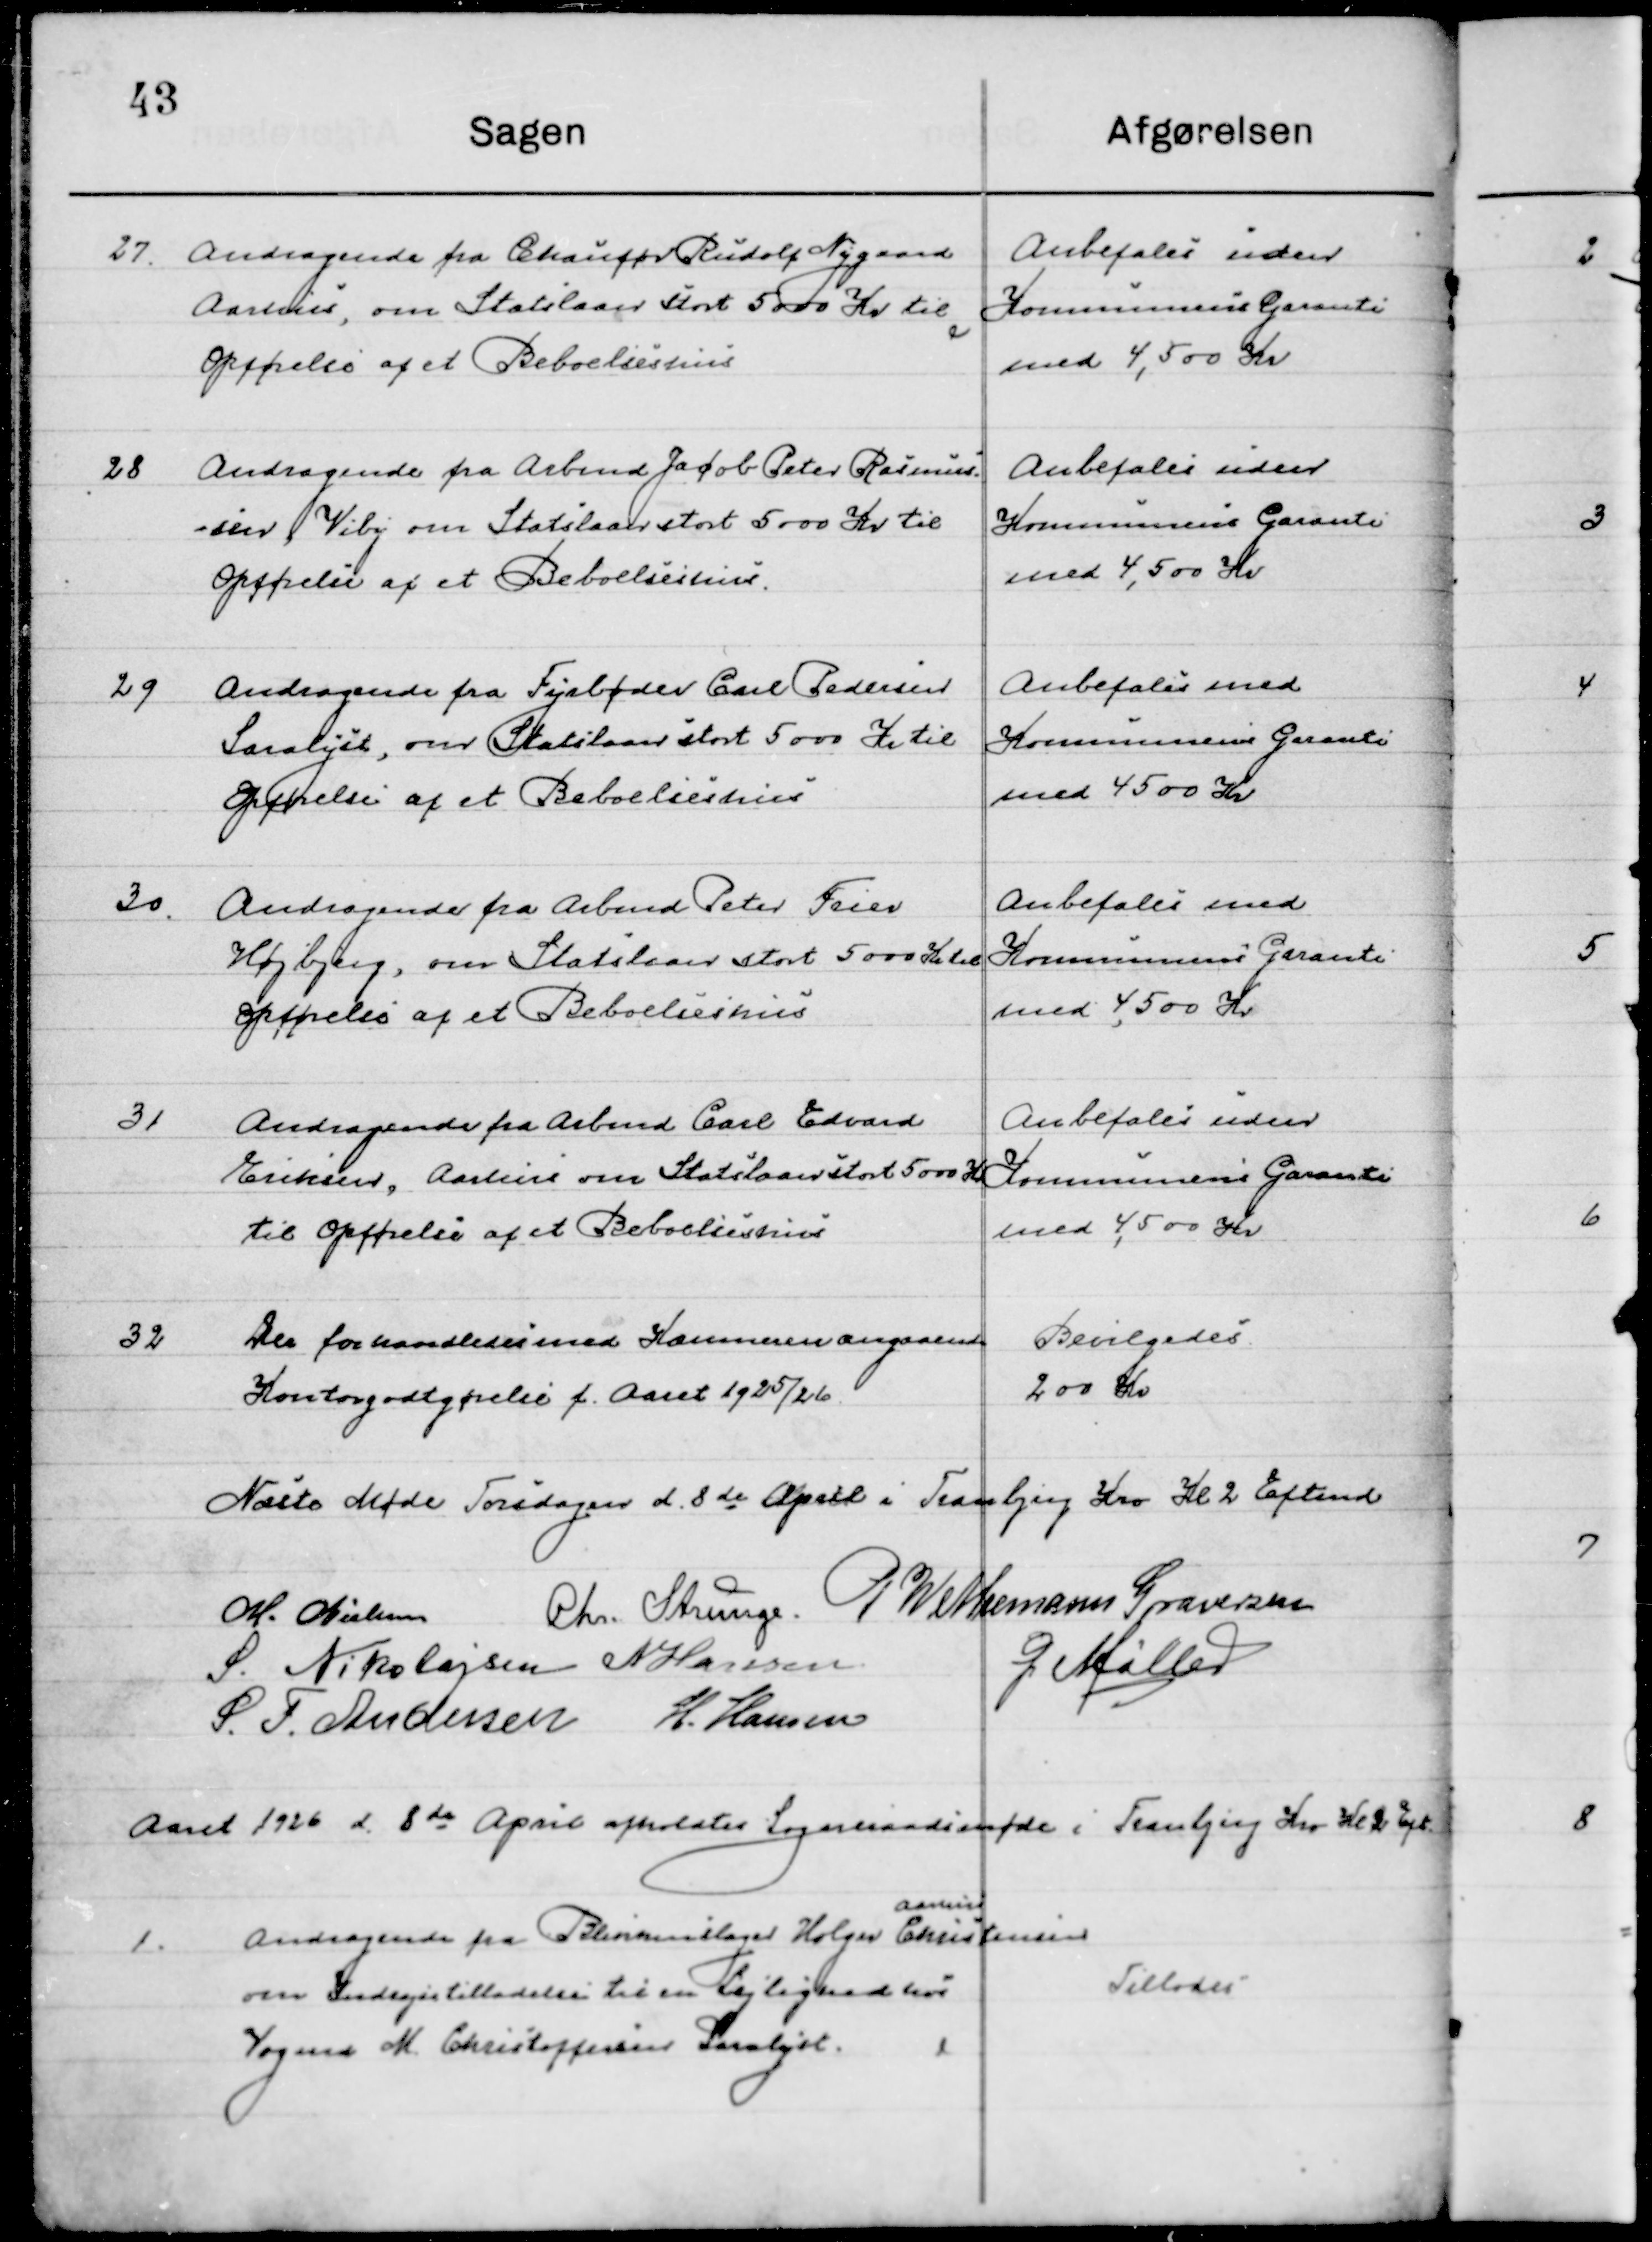
Transskription:
27

Andragende fra Chauffør Rudolf Nygaard
Aarhus, om Statslaan stort 5000 Kr. til 
opførelse af et Beboelseshus.

Anbefales uden
Kommunens Garanti 
med 4,500 Kr.

28

Andragende fra Arbmd. Jacob Peter Rasmus-
sen Viby om Statslaan stort 5000 Kr. til 
opførelse af et Beboelseshus.

Anbefales uden
Kommunens Garanti 
med 4,500 Kr.

29

Andragende fra Fyrbøder Carl Pedersen
Saralyst, om Statslaan stort 5000 Kr. til  
opførelse af et Beboelseshus.

Anbefales uden
Kommunens Garanti
med 4,500 Kr.

30

Andragende fra Arbmd. Peter Fries
Højbjerg, om Statslaan stort 5000 Kr. til 
opførelse af et Beboelseshus.

Anbefales uden
Kommunens Garanti
med 4,500 Kr.

31

Andragende fra Arbmd. Carl Edvard
Eriksen, Aarhus om Statslaan stort 5000 Kr. 
til opførelse af et Beboelseshus.

Anbefales uden
Kommunens Garanti
med 4,500 Kr.

32

Der forhandledes med Kommunen angaaende
Kontoopgørelse f. Aaret 1925/26

Bevilgedes
200 Kr.

Næste Møde Torsdagen d. 8de April i Tranbjerg Kro Kl. 2 Eftermd.

M. Nielsen
Chr. Strunge
P. Wethemann Graversen
S. Nikolajsen
N. Hansen
G. Møller
S. F. Andersen
H. Hansen

Aaret 1926 d. 8de April afholdtes Sogneraadsmøde i Tranbjerg Kro Kl. 2 Eft.

1

Andragende fra Blikkenslager Holger Christensen 
Aarhus
om indrejsetilladelse til en Lejlighed hos
Vognm. M. Christoffersen Saralyst.

Tillodes